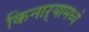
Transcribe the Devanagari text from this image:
किनाऱ्यामध्ये